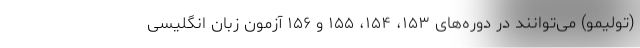
(تولیمو) می‌توانند در دوره‌های ۱۵۳، ۱۵۴، ۱۵۵ و ۱۵۶ آزمون زبان انگلیسی